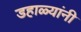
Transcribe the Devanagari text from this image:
डहाळ्यांनी